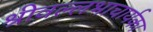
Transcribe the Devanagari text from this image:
श्रीवल्लभाचार्यका